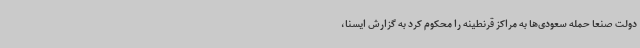
دولت صنعا حمله سعودی‌ها به مراکز قرنطینه را محکوم کرد به گزارش ایسنا،